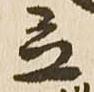
立